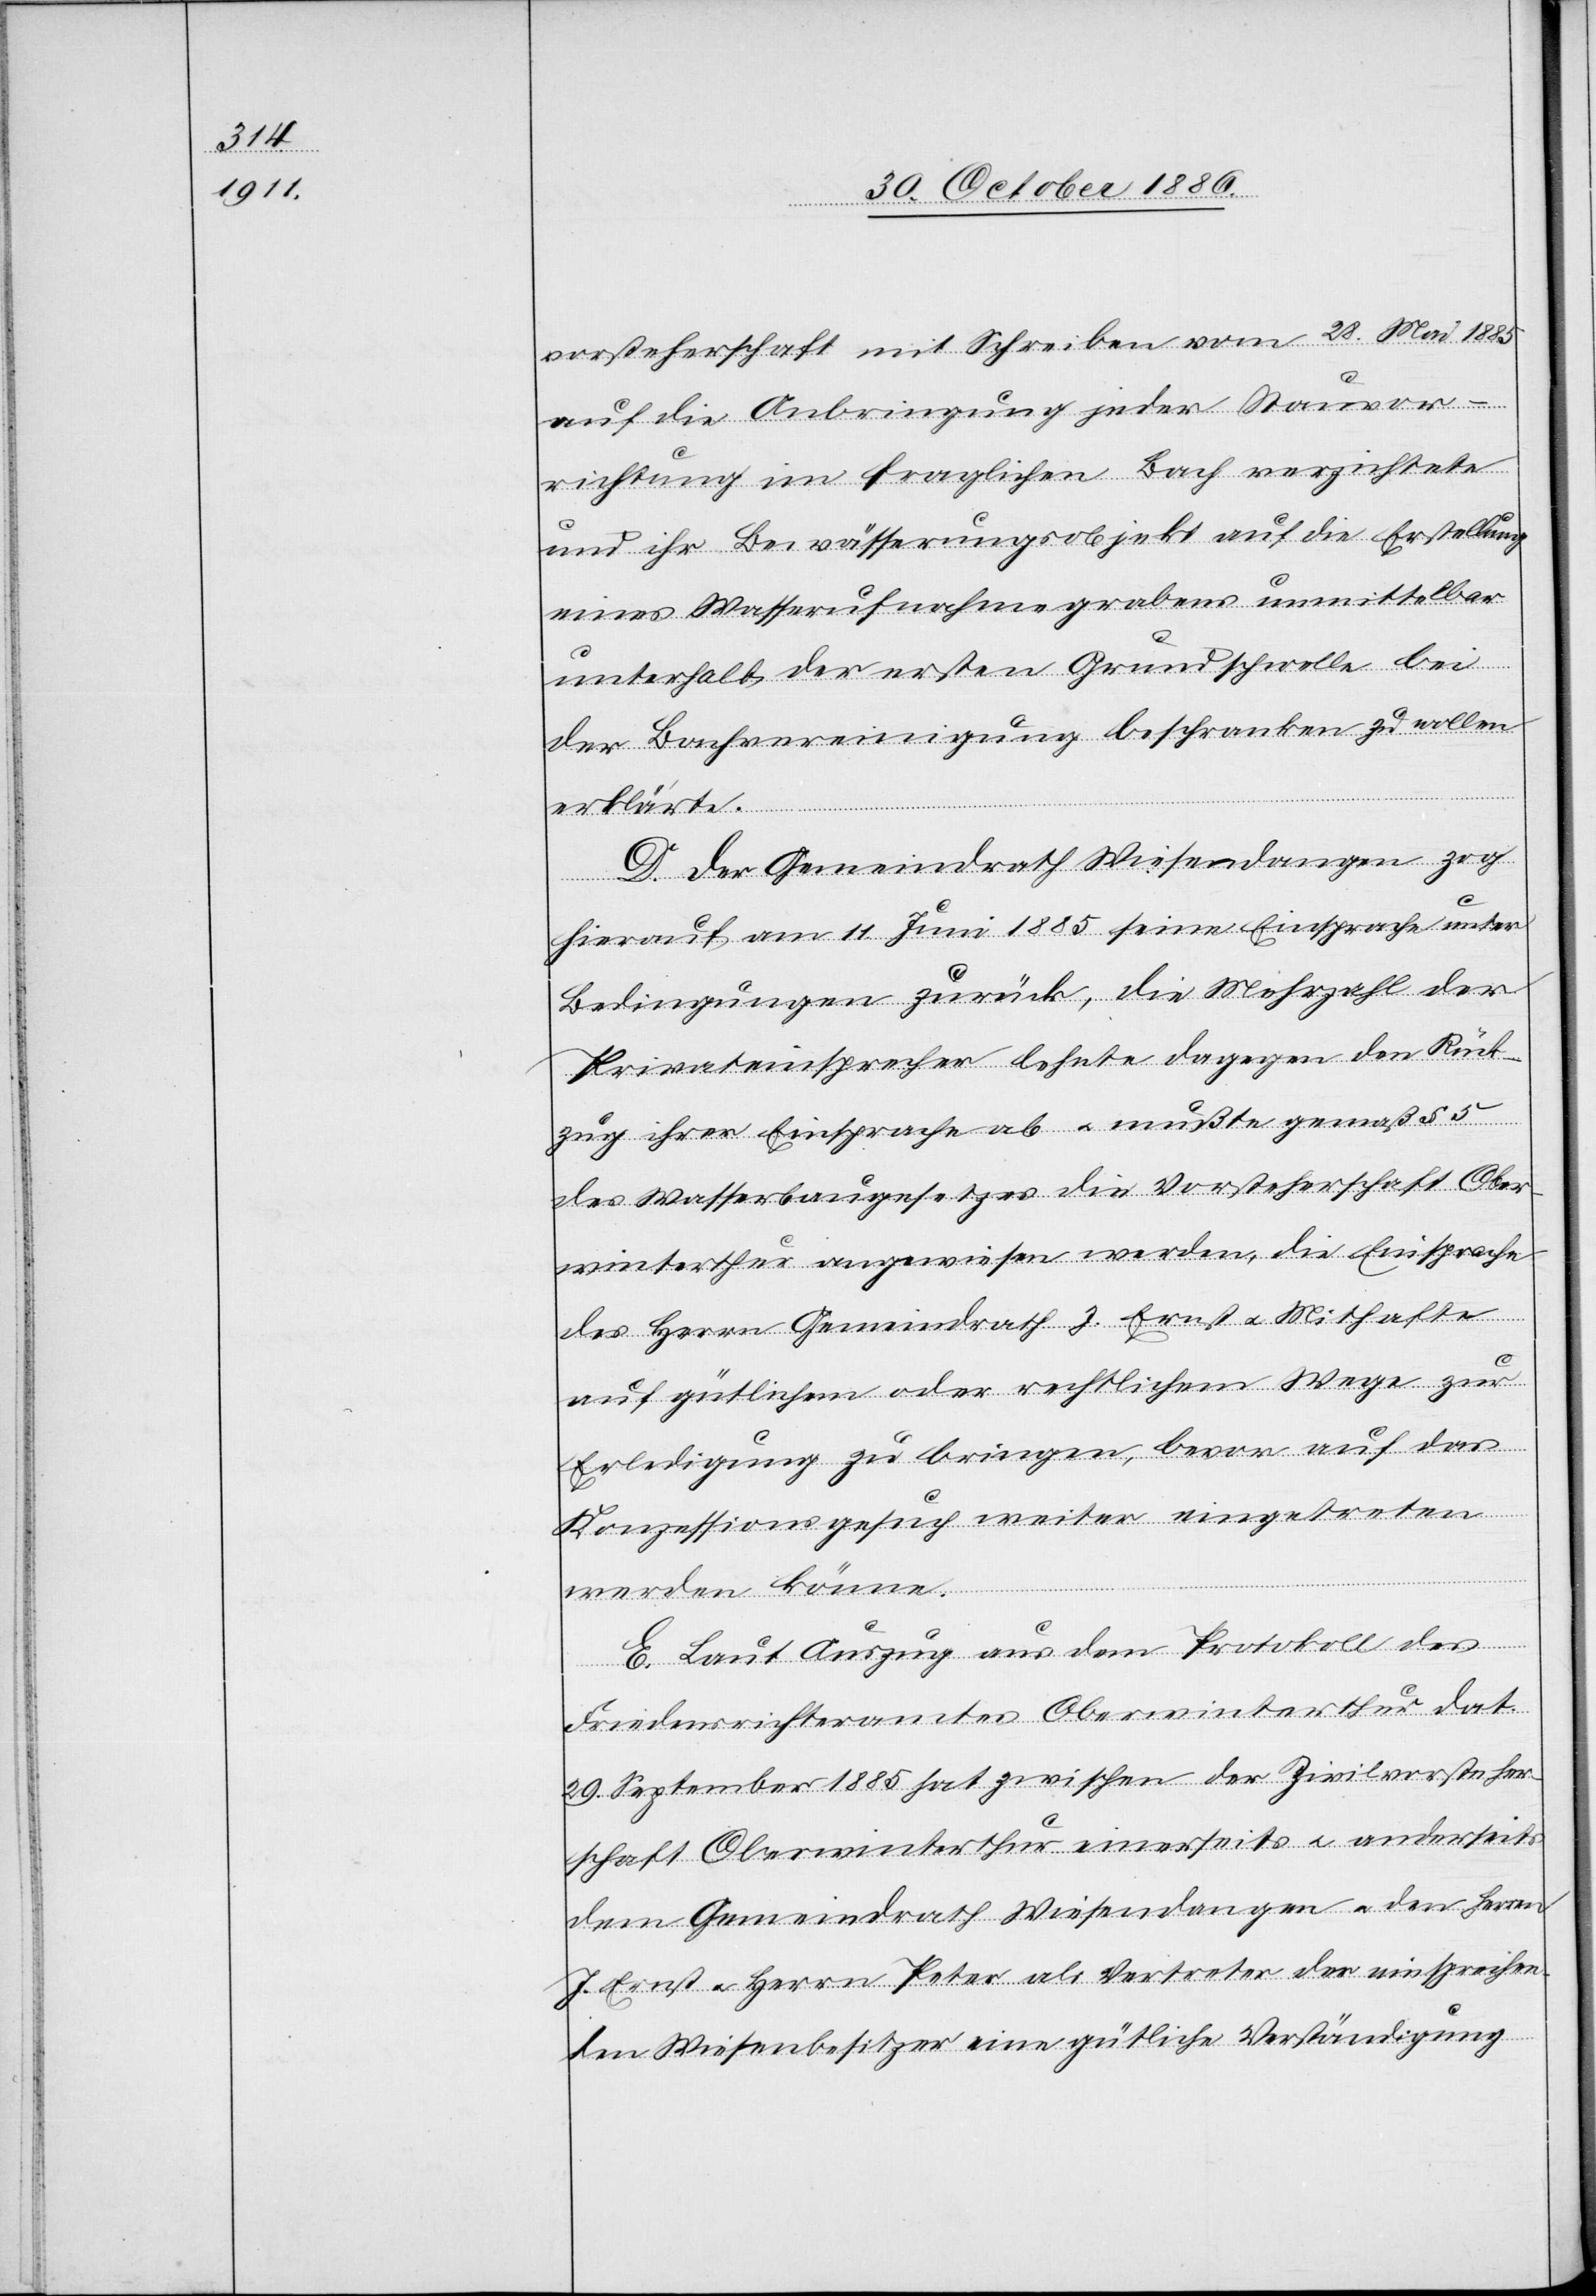
vorsteherschaft mit Schreiben vom 28. Mai 1885
auf die Anbringung jeder Stauvor¬
richtung im fraglichen Bach verzichtete
und ihr Bewässerungsobjekt auf die Erstellung
eines Wasser[a]ufnahmegrabens unmittelbar
unterhalb der ersten Grundschwelle bei
der Bachvereinigung beschranken [sic!] zu wollen
erklärte.
D. Der Gemeindrath Wiesendangen zog
hierauf am 11. Juni 1885 seine Einsprache unter
Bedingungen zurück, die Mehrzahl der
Privateinsprecher lehnte dagegen den Rück¬
zug ihrer Einsprache ab & mußte gemaß
des Wasserbaugesetzes die Vorsteherschaft Ober¬
winterthur angewiesen werden, die Einsprache
des Herrn Gemeindrath J. Ernst & Mithafte
auf gütlichem oder rechtlichem Wege zur
Erledigung zu bringen, bevor auf das
Konzessionsgesuch weiter eingetreten
werden könne.
E. Laut Auszug aus dem Protokoll des
Friedensrichteramtes Oberwinterthur dat.
29. September 1885 hat zwischen der Zivilvorsteher¬
schaft Oberwinterthur einerseits & anderseits
dem Gemeindrath Wiesendangen & den Herrn
J. Ernst & Herrn Peter als Vertreter der einsprechen¬
den Wiesenbesitzer eine gütliche Verständigung